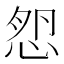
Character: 𢚿